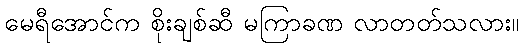
မေရီအောင်က စိုးချစ်ဆီ မကြာခဏ လာတတ်သလား။